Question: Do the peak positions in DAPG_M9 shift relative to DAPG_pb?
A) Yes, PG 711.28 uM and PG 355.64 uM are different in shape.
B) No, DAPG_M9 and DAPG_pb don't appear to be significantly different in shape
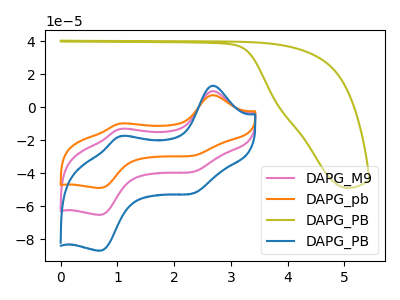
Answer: <think>The pink curve "DAPG_M9" has anodic peaks at (2.70V, 9.85uA) (1.10V, -12.95uA) and cathodic peaks at (2.40V, -38.55uA) (0.70V, -65.10uA). The orange curve "DAPG_pb" has anodic peaks at (2.70V, 7.40uA) (1.10V, -9.70uA) and cathodic peaks at (2.40V, -28.90uA) (0.70V, -48.80uA). The olive curve "DAPG_PB" has no peaks. The blue curve "DAPG_PB" has anodic peaks at (2.70V, 19.70uA) (1.10V, -25.90uA) and cathodic peaks at (2.40V, -77.10uA) (0.70V, -130.15uA).
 All the peaks in "DAPG_M9" have a peak in "DAPG_pb" at the same potential.</think>
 <answer>B) No, "DAPG_M9" and "DAPG_pb" don't appear to be significantly different in shape</answer>
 <eval>B</eval>